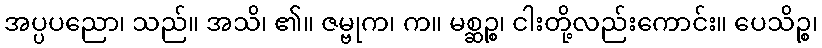
အပ္ပပညော၊ သည်။ အသိ၊ ၏။ ဇမ္ဗုက၊ က။ မစ္ဆဉ္စ၊ ငါးတို့လည်းကောင်း။ ပေသိဉ္စ၊